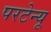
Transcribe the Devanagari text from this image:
परटेन्यू